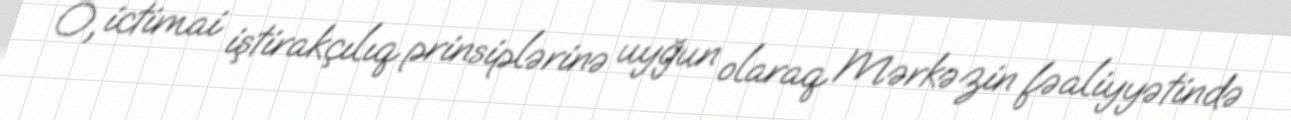
O, ictimai iştirakçılıq prinsiplərinə uyğun olaraq Mərkəzin fəaliyyətində